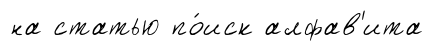
на статью по́иск алфав'ита